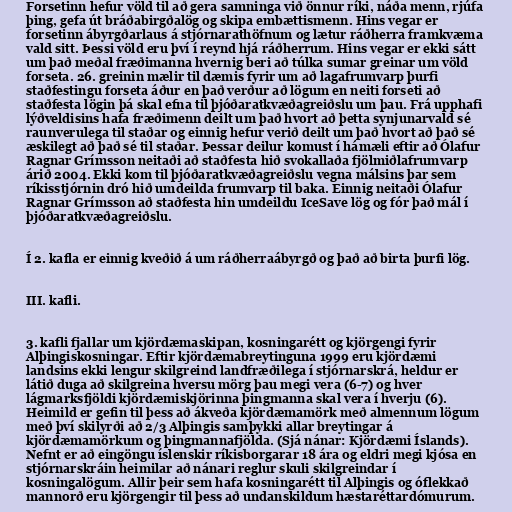
Forsetinn hefur völd til að gera samninga við önnur ríki, náða menn, rjúfa
þing, gefa út bráðabirgðalög og skipa embættismenn. Hins vegar er
forsetinn ábyrgðarlaus á stjórnarathöfnum og lætur ráðherra framkvæma
vald sitt. Þessi völd eru því í reynd hjá ráðherrum. Hins vegar er ekki sátt
um það meðal fræðimanna hvernig beri að túlka sumar greinar um völd
forseta. 26. greinin mælir til dæmis fyrir um að lagafrumvarp þurfi
staðfestingu forseta áður en það verður að lögum en neiti forseti að
staðfesta lögin þá skal efna til þjóðaratkvæðagreiðslu um þau. Frá upphafi
lýðveldisins hafa fræðimenn deilt um það hvort að þetta synjunarvald sé
raunverulega til staðar og einnig hefur verið deilt um það hvort að það sé
æskilegt að það sé til staðar. Þessar deilur komust í hámæli eftir að Ólafur
Ragnar Grímsson neitaði að staðfesta hið svokallaða fjölmiðlafrumvarp
árið 2004. Ekki kom til þjóðaratkvæðagreiðslu vegna málsins þar sem
ríkisstjórnin dró hið umdeilda frumvarp til baka. Einnig neitaði Ólafur
Ragnar Grímsson að staðfesta hin umdeildu IceSave lög og fór það mál í
þjóðaratkvæðagreiðslu.

Í 2. kafla er einnig kveðið á um ráðherraábyrgð og það að birta þurfi lög.

III. kafli.

3. kafli fjallar um kjördæmaskipan, kosningarétt og kjörgengi fyrir
Alþingiskosningar. Eftir kjördæmabreytinguna 1999 eru kjördæmi
landsins ekki lengur skilgreind landfræðilega í stjórnarskrá, heldur er
látið duga að skilgreina hversu mörg þau megi vera (6-7) og hver
lágmarksfjöldi kjördæmiskjörinna þingmanna skal vera í hverju (6).
Heimild er gefin til þess að ákveða kjördæmamörk með almennum lögum
með því skilyrði að 2/3 Alþingis samþykki allar breytingar á
kjördæmamörkum og þingmannafjölda. (Sjá nánar: Kjördæmi Íslands).
Nefnt er að eingöngu íslenskir ríkisborgarar 18 ára og eldri megi kjósa en
stjórnarskráin heimilar að nánari reglur skuli skilgreindar í
kosningalögum. Allir þeir sem hafa kosningarétt til Alþingis og óflekkað
mannorð eru kjörgengir til þess að undanskildum hæstaréttardómurum.